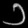
Digit: ၁